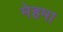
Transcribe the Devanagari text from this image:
मेहमा